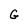
Character: G